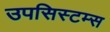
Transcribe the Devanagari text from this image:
उपसिस्टम्स